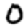
Digit: 0